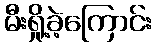
မီးရှို့ခဲ့ကြောင်း